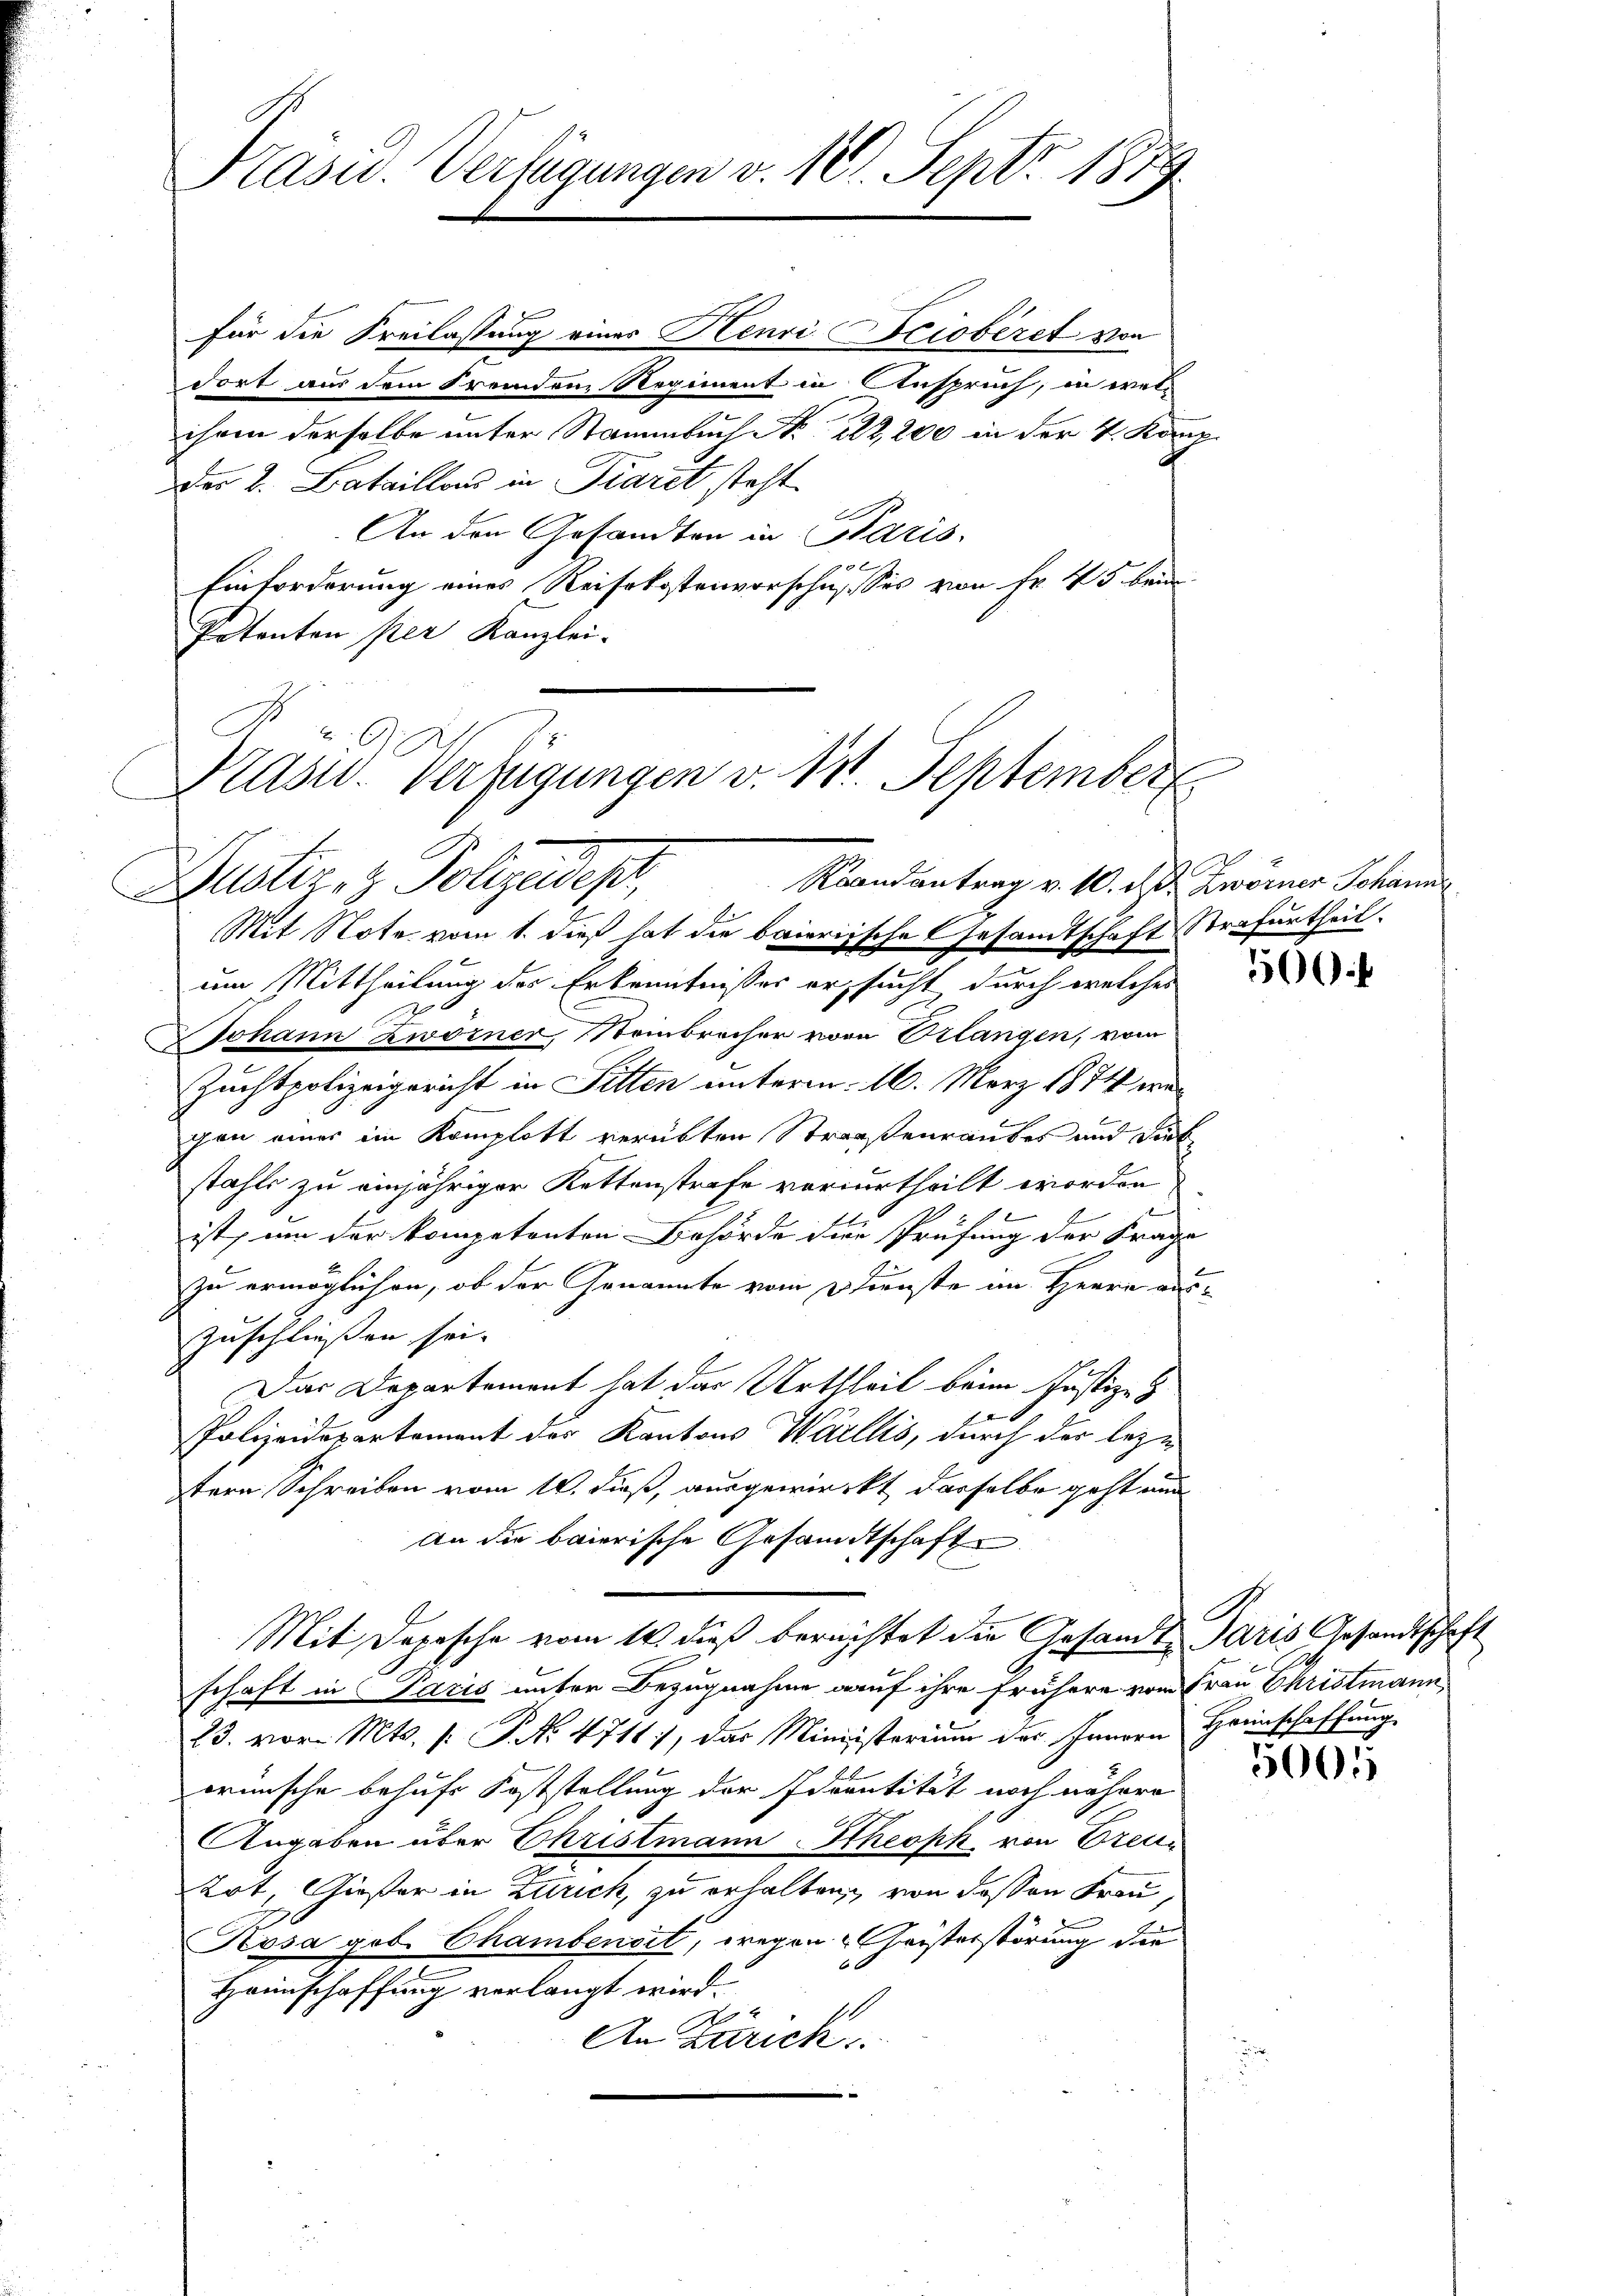
Für die Freilassung eines Henri ciobiret von
dort aus dem Fremdem Regiment in Anspruch, in welihren derselbe unter Stammbuch No. 222, 200 in der 4. Kanz
Der 2. Bataillons in Paret steht.
An den Gesandten in Paris
Einforderung eines Reisekostenvorschusses von Fr. 45 bein
Patenten per Kanzlei-
Mit Note vom 1. dieß hat die baierische Gesandtschaft Strafurtheil.
um Mittheilung des Erkenntnisses ersucht durch welches
.
Johann Zworner, Steinbrecher vom Erlangen, vom
Zuchtpolizeigericht in Sitten unterm 16. März 1874 war
cen einer im Komplott verübten Straßenraubes und Sieb
stahls zu einjähriger Kettenstrafe vorurtheilt worden
ist, um der kompetenten Behörde die Prüfung der Frage
zu ermöglichen, ob der Genannte vom Dienste an Herrn auszuschließen sei.
I der Departement hat das Urtheil beim Justiz- &
Polizeidepartement der Kantons Wallis, durch der beze
tern Schreiben vom 18. dieß, ausgewirckt, dasselbe geht und
An die baierische Gesandtschaft
Mit Depesche vom 14. dieß berechtet die Gesandte aris Gesandtschaft
schaft in Paris unter Bezugnahme auf ihre frühere von Frau Christmann
23. vor. Mts. 1. P. No 4711), das Ministerium des Innern Heimschaffung
wünsche behufs Koststellung der Adventität noch nähere
Angaben über Christmann Theoph von Treue
Kot, Großer in Zürich, zu erhalten von dessen Frau,
Kosa geb. Chambendet, wegen Geisterstörung die
Heimschaffung verlangt wird.
An Zürich

Präsid. Verfügungen v. 10. Sept. 1879.

Prasw. Verfügungen v. 18. September
Raandantrag v. 10. d. Zwörner Schanis
Justiz & Polizeides,

r

5

.

5001